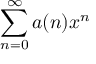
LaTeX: \sum _ { n = 0 } ^ { \infty } a ( n ) x ^ { n }